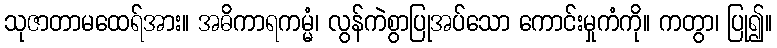
သုဇာတာမထေရ်အား။ အဓိကာရကမ္မံ၊ လွန်ကဲစွာပြုအပ်သော ကောင်းမှုကံကို။ ကတွာ၊ ပြု၍။